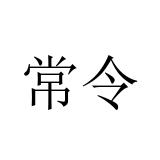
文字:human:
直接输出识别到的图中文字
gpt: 常令